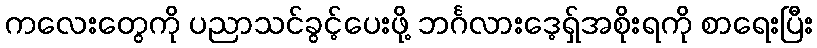
ကလေးတွေကို ပညာသင်ခွင့်ပေးဖို့ ဘင်္ဂလားဒေ့ရှ်အစိုးရကို စာရေးပြီး